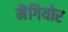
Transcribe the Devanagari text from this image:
मैगियोर